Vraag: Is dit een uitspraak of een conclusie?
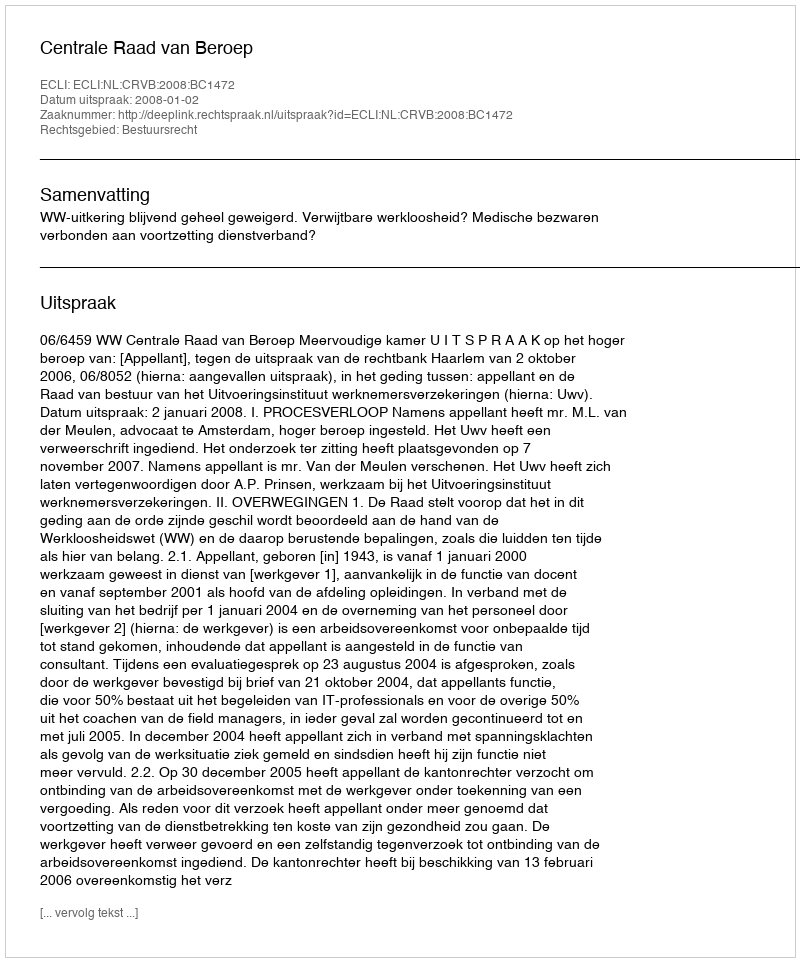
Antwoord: Uitspraak